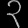
Digit: ၃